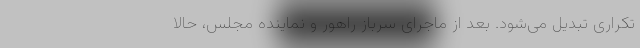
تکراری تبدیل می‌شود. بعد از ماجرای سرباز راهور و نماینده مجلس، حالا